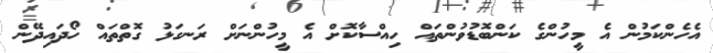
އެހެންކަމުން އެ މީހުންގެ ކަންބޮޑުވުންތައް ހިއްސާކޮށް އެ މީހުންނަށް ރަނގަޅު ގޮތްތައް ހޯދައިދޭން